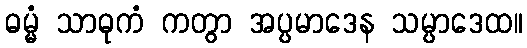
ဓမ္မံ သာဓုကံ ကတွာ အပ္ပမာဒေန သမ္ပာဒေထ။